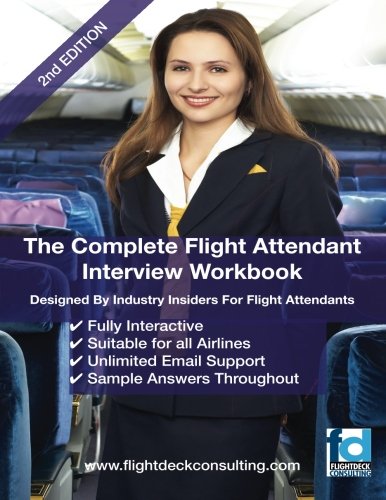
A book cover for The Complete Flight Attendant Interview Work Book; Sasha Robinson; Business & Money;